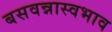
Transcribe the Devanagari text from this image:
बसवन्नास्वभाव